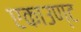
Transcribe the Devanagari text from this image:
एकाउण्ट